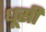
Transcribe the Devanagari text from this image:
धूसी